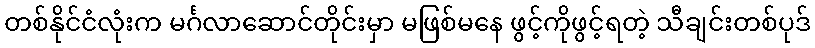
တစ်နိုင်ငံလုံးက မင်္ဂလာဆောင်တိုင်းမှာ မဖြစ်မနေ ဖွင့်ကိုဖွင့်ရတဲ့ သီချင်းတစ်ပုဒ်